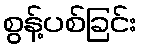
စွန့်ပစ်ခြင်း